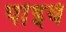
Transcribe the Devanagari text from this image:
पांइये